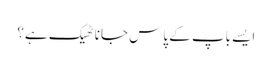
ایسے باپ کے پاس جانا ٹھیک ہے؟